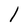
Character: l